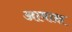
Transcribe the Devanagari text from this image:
आवाक्ष